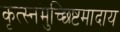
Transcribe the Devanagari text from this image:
कृत्स्नमुच्छिष्टमादाय